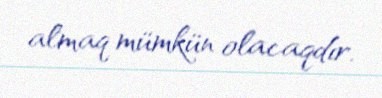
almaq mümkün olacaqdır.